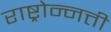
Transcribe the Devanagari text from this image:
राष्ट्रोन्नत्ती